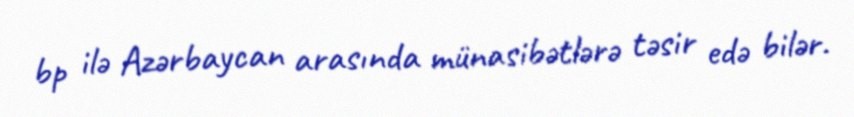
bp ilə Azərbaycan arasında münasibətlərə təsir edə bilər.